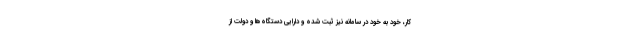
کار، خود به خود در سامانه نیز ثبت شده و دارایی دستگاه‌ها و دولت از